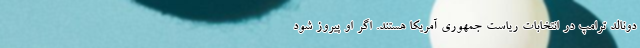
دونالد ترامپ در انتخابات ریاست جمهوری آمریکا هستند. اگر او پیروز شود